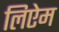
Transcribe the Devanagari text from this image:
लिऐम